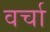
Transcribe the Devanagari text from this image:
वर्चा